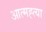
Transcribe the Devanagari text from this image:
आत्‍मह्त्‍या